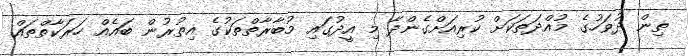
ތިން ދުވަހުގެ މުއްދަތަކަށް ކުރިއަށްގެންދާ މި އީދުގައި މުބާރާތްތަކުގެ އިތުރުން ބައެއް ހަރަކާތްތައް